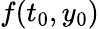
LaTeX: f(t_{0},y_{0})